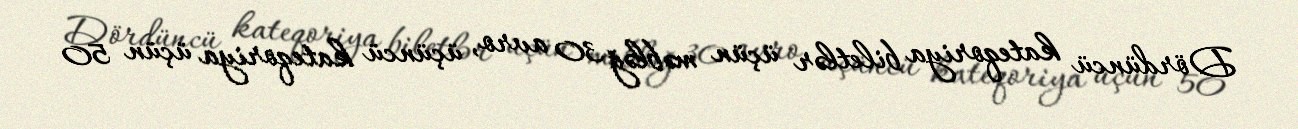
Dördüncü kateqoriya biletlər üçün məbləğ 30 avro, üçüncü kateqoriya üçün 50